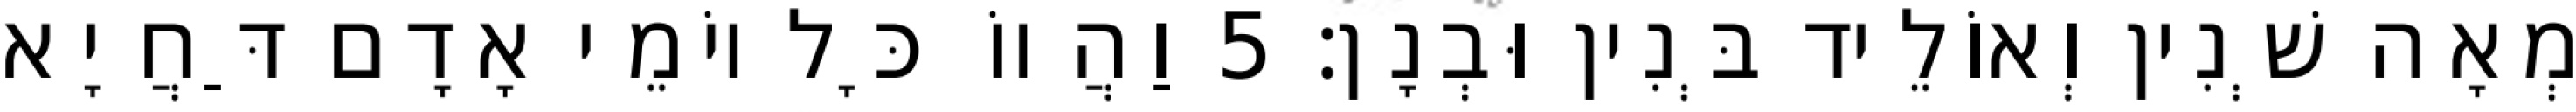
מְאָה שְׁנִין וְאוֹלֵיד בְּנִין וּבְנָן׃ 5 וַהֲווֹ כָּל יוֹמֵי אָדָם דַּחֲיָא